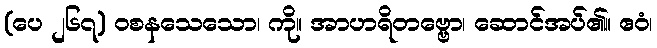
(ပေ ၂၆၇) ဝစနသေသော၊ ကို။ အာဟရိတဗ္ဗော၊ ဆောင်အပ်၏။ ဧဝံ၊